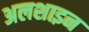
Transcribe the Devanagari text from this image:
अलशाइन